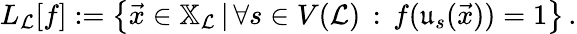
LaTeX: \begin{array}{r}{L_{\mathcal{L}}[f]:=\left\{ \vec{x}\in\mathbb{X}_{\mathcal{L}}\, |\, \forall s\in V(\mathcal{L})\, :\, f(\mathfrak{u}_{s}(\vec{x}))=1\right\} \, .}\end{array}